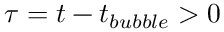
\tau = t - t _ { b u b b l e } > 0